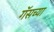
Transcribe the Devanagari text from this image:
गॅसच्या